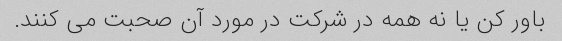
باور کن یا نه همه در شرکت در مورد آن صحبت می کنند.